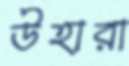
উঁহারা